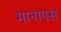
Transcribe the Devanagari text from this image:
मानापस